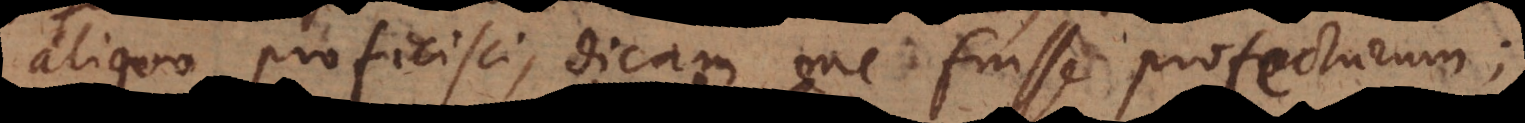
uo proficisci, dicam me fuisse profecturum.